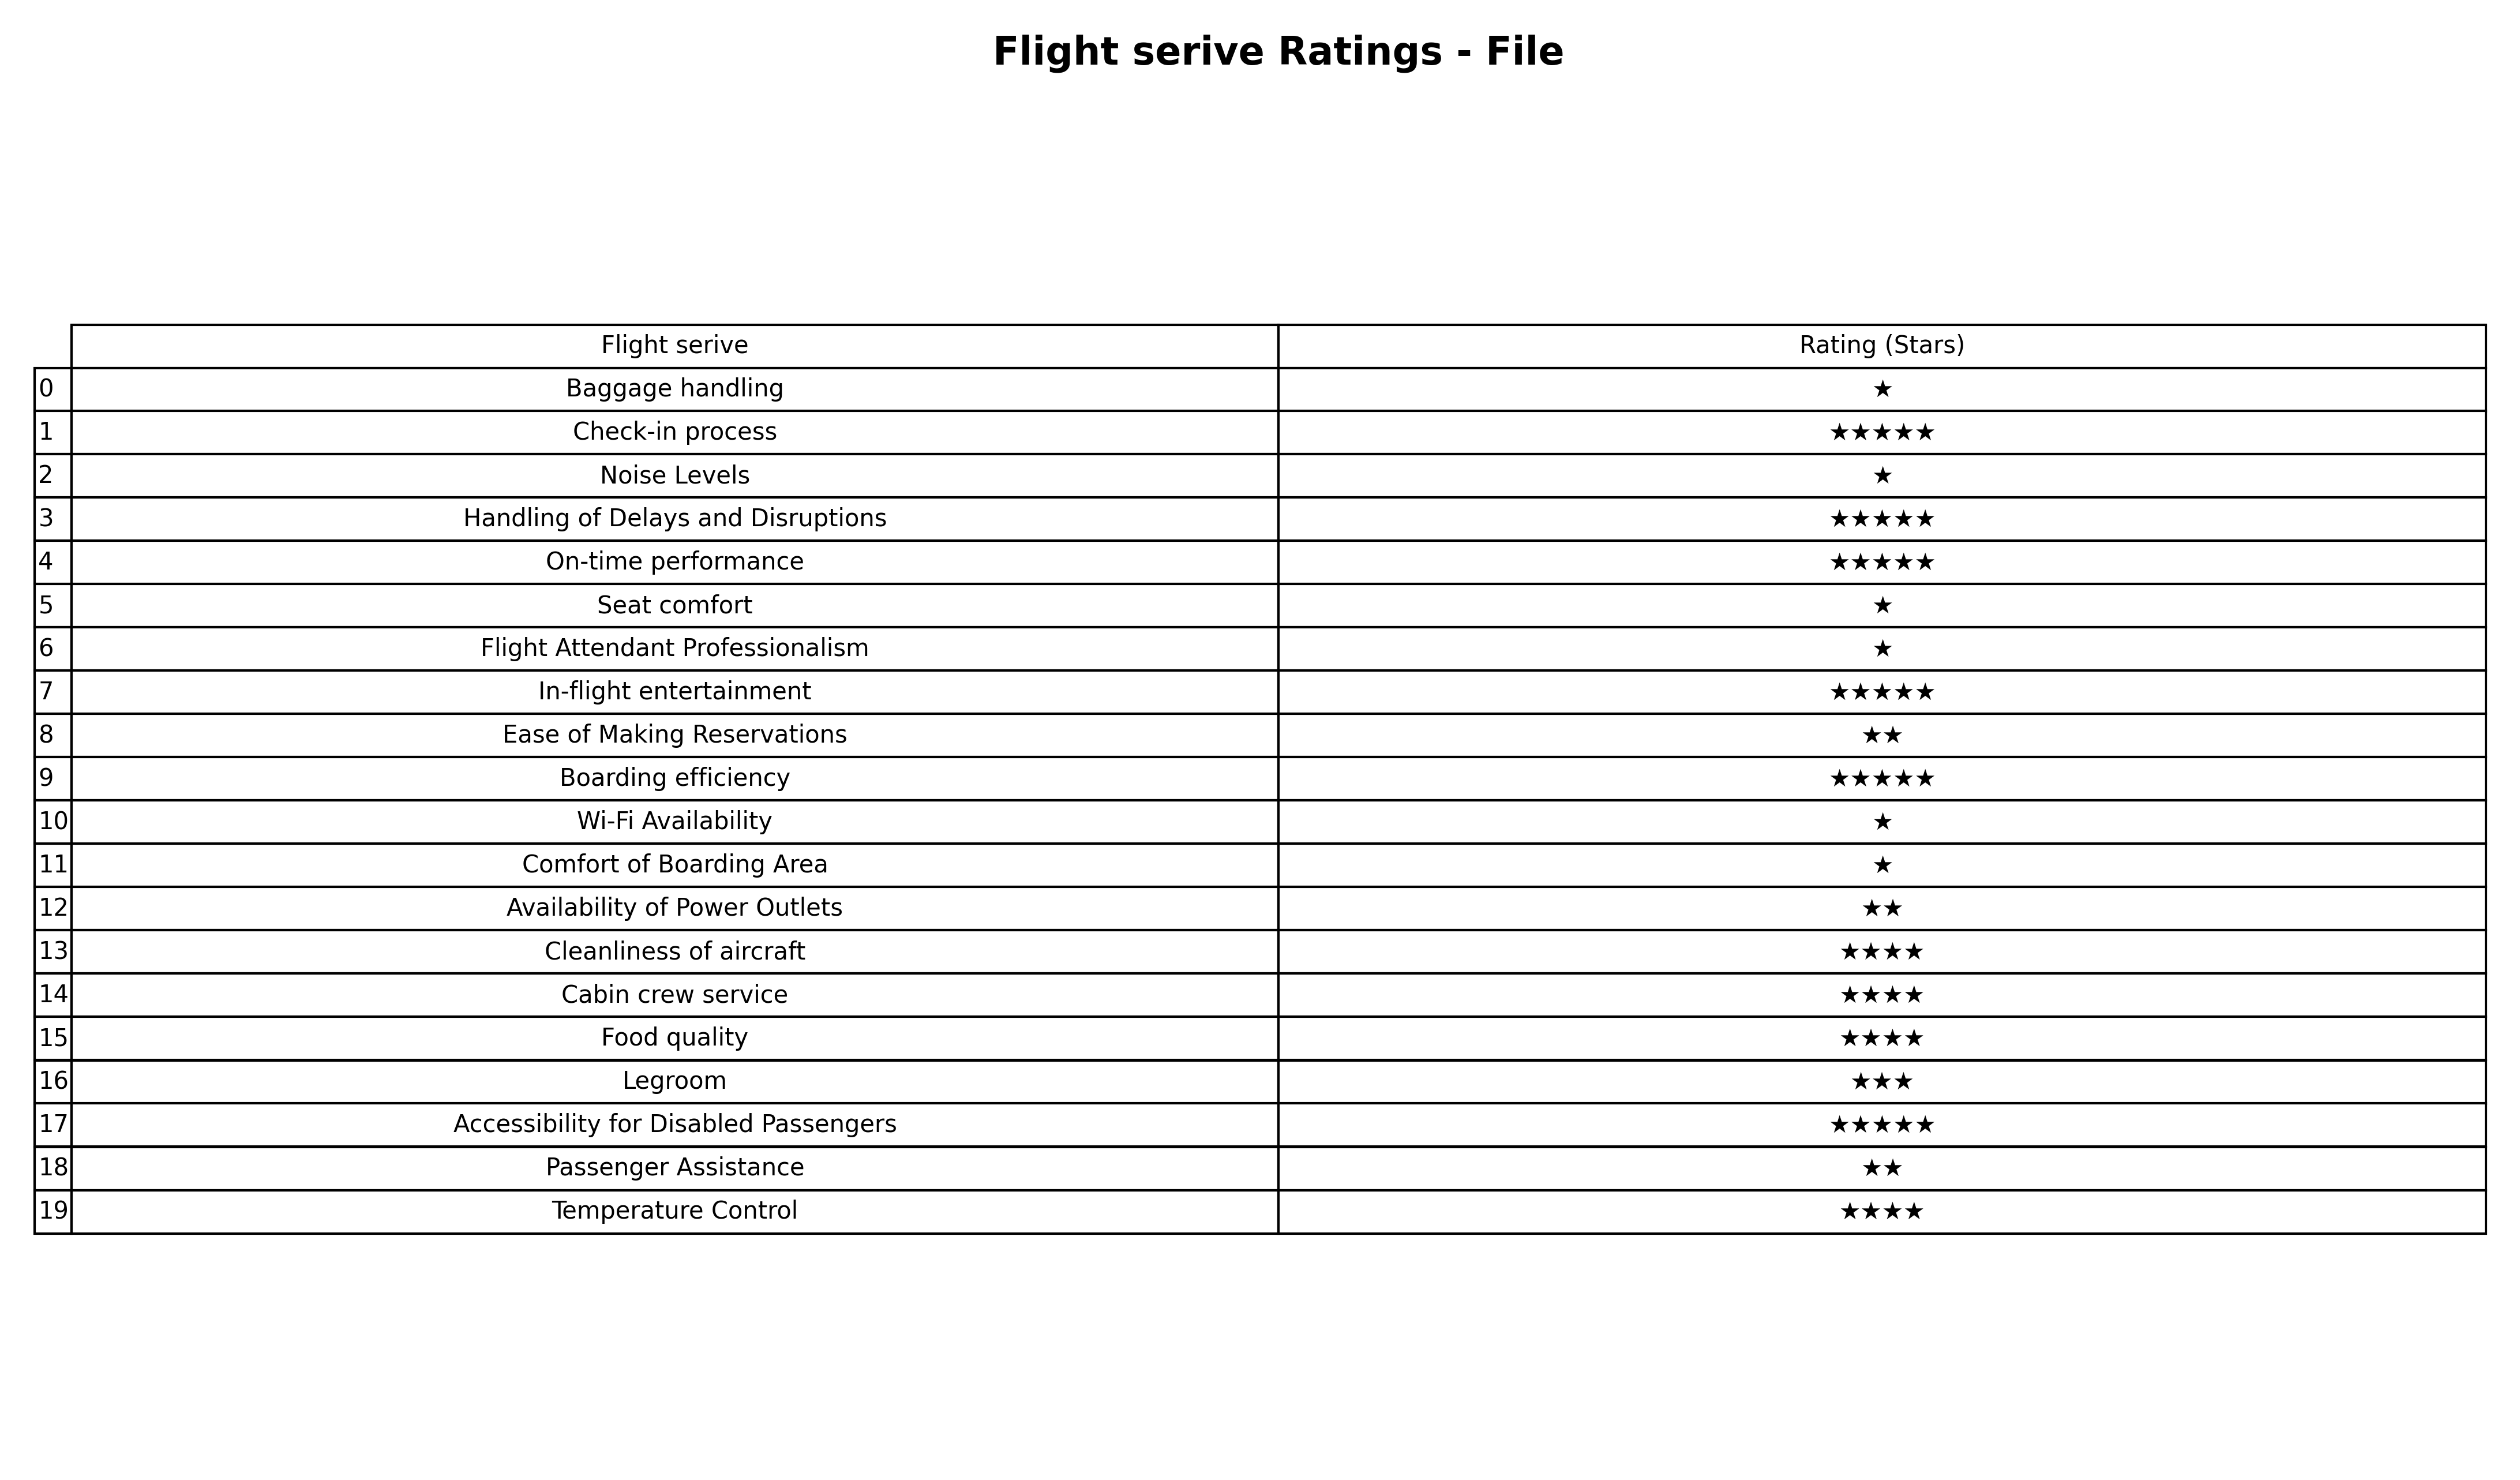
question: What are three star services?
answer: Legroom